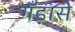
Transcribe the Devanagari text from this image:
गँड़ासे